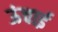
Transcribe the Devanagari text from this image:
ऊंचार्इ